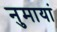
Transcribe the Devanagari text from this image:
नुमायां